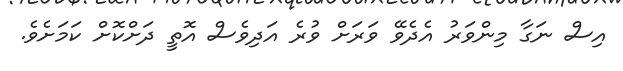
އިސް ނަގާ މިންވަރު އެދެވޭ ވަރަށް ވުރެ އަދިވެސް އޮތީ ދަށްކޮށް ކަމަށެވެ.